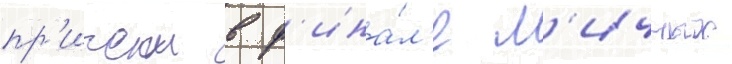
пр'ичем в ф'ина́л'е л'ичных